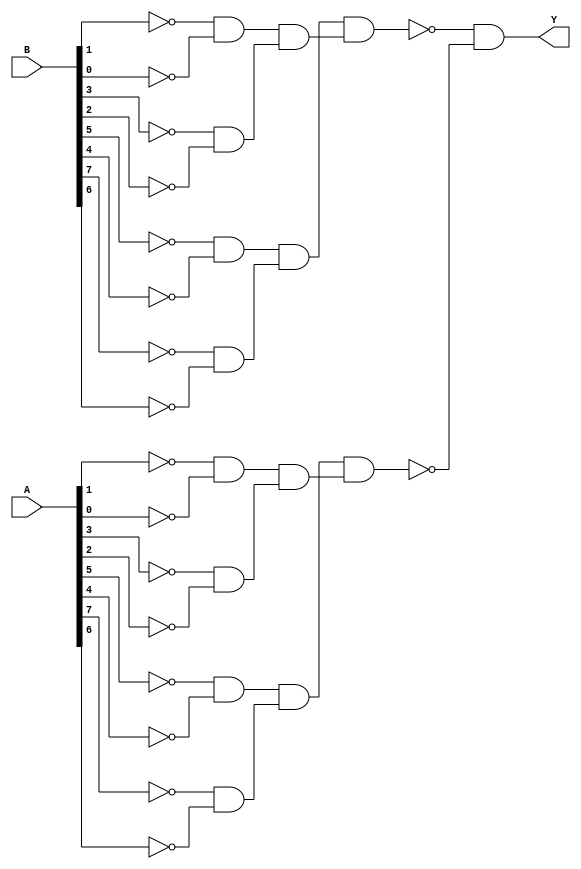
/* Generated by Yosys 0.28+1 (git sha1 a9c792dce, clang 10.0.0-4ubuntu1 -fPIC -Os) */

(* hdlname = "\\\\logical_and_8bit" *)
(* top =  1  *)
(* src = "logical_and_8bit.v:3.1-13.10" *)
module logical_and_8bit(A, B, Y);
  wire _000_;
  wire _001_;
  wire _002_;
  wire _003_;
  wire _004_;
  wire _005_;
  wire _006_;
  wire _007_;
  wire _008_;
  wire _009_;
  wire _010_;
  wire _011_;
  wire _012_;
  wire _013_;
  (* src = "logical_and_8bit.v:5.17-5.18" *)
  wire _014_;
  (* src = "logical_and_8bit.v:5.17-5.18" *)
  wire _015_;
  (* src = "logical_and_8bit.v:5.17-5.18" *)
  wire _016_;
  (* src = "logical_and_8bit.v:5.17-5.18" *)
  wire _017_;
  (* src = "logical_and_8bit.v:5.17-5.18" *)
  wire _018_;
  (* src = "logical_and_8bit.v:5.17-5.18" *)
  wire _019_;
  (* src = "logical_and_8bit.v:5.17-5.18" *)
  wire _020_;
  (* src = "logical_and_8bit.v:5.17-5.18" *)
  wire _021_;
  (* src = "logical_and_8bit.v:6.17-6.18" *)
  wire _022_;
  (* src = "logical_and_8bit.v:6.17-6.18" *)
  wire _023_;
  (* src = "logical_and_8bit.v:6.17-6.18" *)
  wire _024_;
  (* src = "logical_and_8bit.v:6.17-6.18" *)
  wire _025_;
  (* src = "logical_and_8bit.v:6.17-6.18" *)
  wire _026_;
  (* src = "logical_and_8bit.v:6.17-6.18" *)
  wire _027_;
  (* src = "logical_and_8bit.v:6.17-6.18" *)
  wire _028_;
  (* src = "logical_and_8bit.v:6.17-6.18" *)
  wire _029_;
  (* src = "logical_and_8bit.v:7.17-7.18" *)
  wire _030_;
  wire _031_;
  wire _032_;
  wire _033_;
  wire _034_;
  wire _035_;
  wire _036_;
  wire _037_;
  wire _038_;
  wire _039_;
  wire _040_;
  wire _041_;
  wire _042_;
  wire _043_;
  wire _044_;
  wire _045_;
  wire _046_;
  wire _047_;
  wire _048_;
  wire _049_;
  wire _050_;
  wire _051_;
  wire _052_;
  wire _053_;
  wire _054_;
  wire _055_;
  wire _056_;
  wire _057_;
  wire _058_;
  wire _059_;
  wire _060_;
  wire _061_;
  wire _062_;
  wire _063_;
  wire _064_;
  wire _065_;
  wire _066_;
  wire _067_;
  wire _068_;
  wire _069_;
  wire _070_;
  wire _071_;
  wire _072_;
  wire _073_;
  (* src = "logical_and_8bit.v:5.17-5.18" *)
  input [7:0] A;
  wire [7:0] A;
  (* src = "logical_and_8bit.v:6.17-6.18" *)
  input [7:0] B;
  wire [7:0] B;
  (* src = "logical_and_8bit.v:7.17-7.18" *)
  output Y;
  wire Y;
  assign _031_ = ~_015_;
  assign _032_ = ~_014_;
  assign _033_ = ~_017_;
  assign _034_ = ~_016_;
  assign _035_ = ~_019_;
  assign _036_ = ~_018_;
  assign _037_ = ~_021_;
  assign _038_ = ~_020_;
  assign _039_ = ~_023_;
  assign _040_ = ~_022_;
  assign _041_ = ~_025_;
  assign _042_ = ~_024_;
  assign _043_ = ~_027_;
  assign _044_ = ~_026_;
  assign _045_ = ~_029_;
  assign _046_ = ~_028_;
  assign _047_ = ~(_043_ & _044_);
  assign _048_ = ~_047_;
  assign _049_ = ~(_045_ & _046_);
  assign _050_ = ~_049_;
  assign _051_ = ~(_048_ & _050_);
  assign _052_ = ~_051_;
  assign _053_ = ~(_039_ & _040_);
  assign _054_ = ~_053_;
  assign _055_ = ~(_041_ & _042_);
  assign _056_ = ~_055_;
  assign _057_ = ~(_054_ & _056_);
  assign _058_ = ~_057_;
  assign _059_ = ~(_052_ & _058_);
  assign _060_ = ~(_035_ & _036_);
  assign _061_ = ~_060_;
  assign _062_ = ~(_037_ & _038_);
  assign _063_ = ~_062_;
  assign _064_ = ~(_061_ & _063_);
  assign _065_ = ~_064_;
  assign _066_ = ~(_031_ & _032_);
  assign _067_ = ~_066_;
  assign _068_ = ~(_033_ & _034_);
  assign _069_ = ~_068_;
  assign _070_ = ~(_067_ & _069_);
  assign _071_ = ~_070_;
  assign _072_ = ~(_065_ & _071_);
  assign _073_ = ~(_059_ & _072_);
  assign _030_ = ~_073_;
  assign _015_ = A[1];
  assign _014_ = A[0];
  assign _017_ = A[3];
  assign _016_ = A[2];
  assign _019_ = A[5];
  assign _018_ = A[4];
  assign _021_ = A[7];
  assign _020_ = A[6];
  assign _023_ = B[1];
  assign _022_ = B[0];
  assign _025_ = B[3];
  assign _024_ = B[2];
  assign _027_ = B[5];
  assign _026_ = B[4];
  assign _029_ = B[7];
  assign _028_ = B[6];
  assign Y = _030_;
endmodule